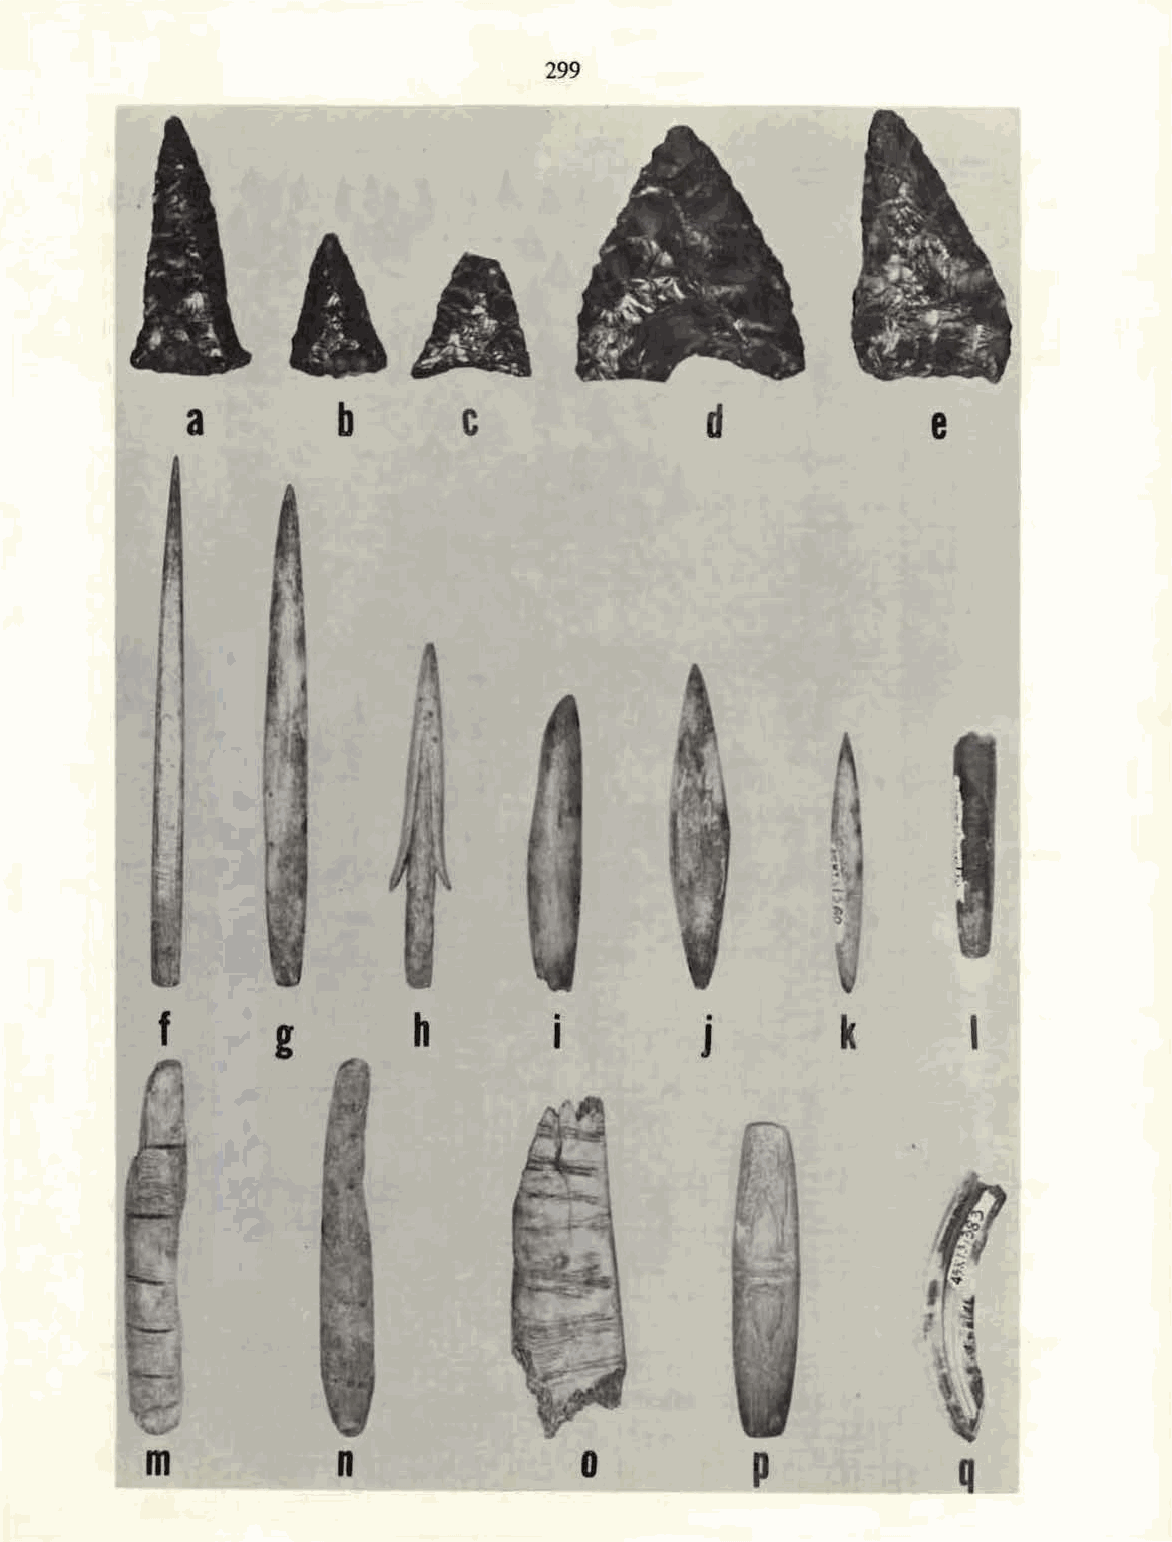
299
 a         b        c               d              e
 f      g        h         •         •        k       I
 I        J
 m_    __n_      ___         o  ~---=--p  ___g